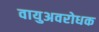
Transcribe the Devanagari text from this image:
वायुअवरोधक